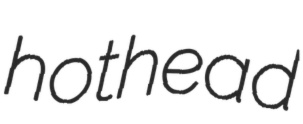
hothead